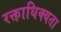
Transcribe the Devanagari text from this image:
रक्ताधिक्यता